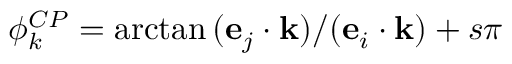
\phi _ { k } ^ { C P } = \arctan { ( \mathbf { e } _ { j } \cdot \mathbf { k } ) / ( \mathbf { e } _ { i } \cdot \mathbf { k } ) } + s \pi